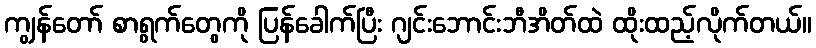
ကျွန်တော် စာရွက်တွေကို ပြန်ခေါက်ပြီး ဂျင်းဘောင်းဘီအိတ်ထဲ ထိုးထည့်လိုက်တယ်။